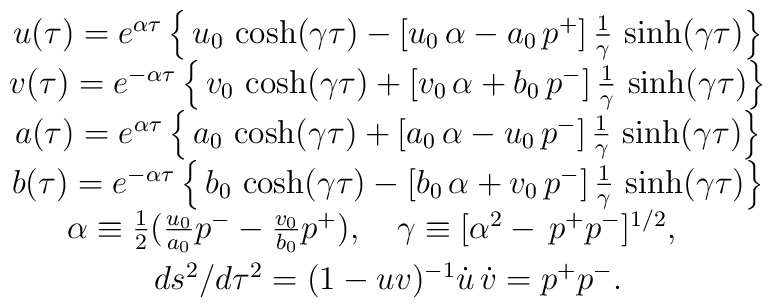
\begin{array}{c}u(\tau) = e^{ \alpha \tau} \left\{ \,u_0\,\cosh (\gamma \tau)-[u_0\,\alpha-a_0\,p^{+}]\,\frac{1}{\gamma} \,\sinh (\gamma \tau)\right\} \\ v(\tau) = e^{-\alpha \tau}\left\{ \,v_0\,\cosh (\gamma \tau)+[v_0\,\alpha +b_0\,p^{-}]\,\frac{1}{\gamma} \,\sinh (\gamma \tau)\right\} \\ a(\tau) = e^{ \alpha \tau}\left\{ \,a_0\,\cosh (\gamma \tau)+[a_0\,\alpha -u_0\,p^{-}]\,\frac{1}{\gamma} \,\sinh (\gamma \tau)\right\} \\ b(\tau) = e^{-\alpha \tau}\left\{ \,b_0\,\cosh (\gamma \tau)-[b_0\,\alpha +v_0\,p^{-}]\,\frac{1}{\gamma} \,\sinh (\gamma \tau)\right\} \\ \smallskip \alpha \equiv\frac 12 (\frac{u_0}{a_0}p^{-}-\frac{v_0}{b_0} p^{+}),\quad \gamma \equiv[\alpha^2-\,p^{+}p^{-}]^{1/2},\quad \\ \smallskip ds^2/d\tau^2=(1-uv)^{-1}\dot u\,\dot v=p^{+}p^{-}.\end{array}